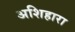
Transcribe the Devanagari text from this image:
अशिहारा